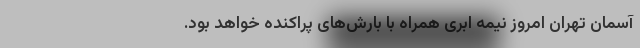
آسمان تهران امروز نیمه ابری همراه با بارش‌های پراکنده خواهد بود.